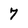
Character: 7